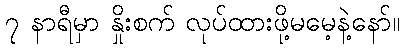
၇ နာရီမှာ နှိုးစက် လုပ်ထားဖို့မမေ့နဲ့နော်။